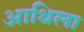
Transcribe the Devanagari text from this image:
आथिला